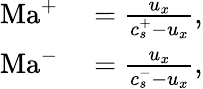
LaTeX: \begin{array}{rl}{\mathrm{Ma}^{+}}&{{}=\frac{u_{x}}{c_{s}^{+}-u_{x}},}\\ {\mathrm{Ma}^{-}}&{{}=\frac{u_{x}}{c_{s}^{-}-u_{x}},}\end{array}